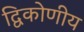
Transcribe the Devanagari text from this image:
द्विकोणीय